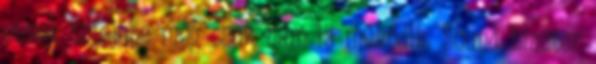
ennek tetejébe még csak nem is működik. Sound Blaster